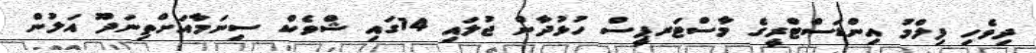
ދިވެހި ފިލްމު އިންޑަސްޓްރީގެ މާސްޓަރޕީސް ހުޅުދާން ޖުލައި 14ގައި ޝްވެކް ސިނަމާއަށްތިނަދޫ އަލުން